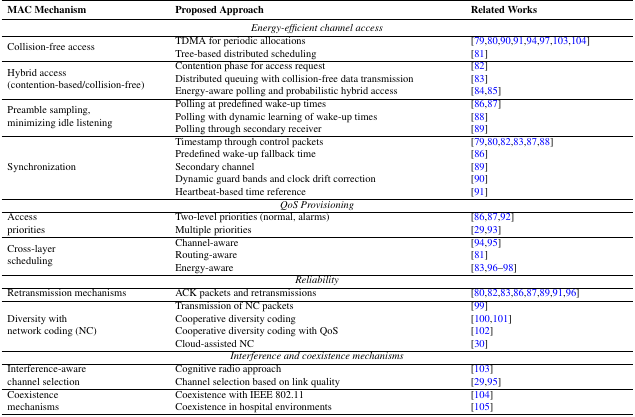
| MAC Mechanism | Proposed Approach | Related Works |
 | --- | --- | --- |
 | <COLSPAN=3> Energy-efficient channel access |
 | <ROWSPAN=2> Collision-free access | TDMA for periodic allocations | [79,80,90,91,94,97,103,104] |
 | Tree-based distributed scheduling | [81] |
 | <ROWSPAN=3> Hybrid access (contention-based/collision-free) | Contention phase for access request | [82] |
 | Distributed queuing with collision-free data transmission | [83] |
 | Energy-aware polling and probabilistic hybrid access | [84,85] |
 | <ROWSPAN=3> Preamble sampling, minimizing idle listening | Polling at predefined wake-up times | [86,87] |
 | Polling with dynamic learning of wake-up times | [88] |
 | Polling through secondary receiver | [89] |
 | <ROWSPAN=5> Synchronization | Timestamp through control packets | [79,80,82,83,87,88] |
 | Predefined wake-up fallback time | [86] |
 | Secondary channel | [89] |
 | Dynamic guard bands and clock drift correction | [90] |
 | Heartbeat-based time reference | [91] |
 | <COLSPAN=3> QoS Provisioning |
 | <ROWSPAN=2> Access priorities | Two-level priorities (normal, alarms) | [86,87,92] |
 | Multiple priorities | [29,93] |
 | <ROWSPAN=3> Cross-layer scheduling | Channel-aware | [94,95] |
 | Routing-aware | [81] |
 | Energy-aware | [83,96–98] |
 | <COLSPAN=3> Reliability |
 | Retransmission mechanisms | ACK packets and retransmissions | [80,82,83,86,87,89,91,96] |
 | <ROWSPAN=4> Diversity with network coding (NC) | Transmission of NC packets | [99] |
 | Cooperative diversity coding | [100,101] |
 | Cooperative diversity coding with QoS | [102] |
 | Cloud-assisted NC | [30] |
 | <COLSPAN=3> Interference and coexistence mechanisms |
 | <ROWSPAN=2> Interference-aware channel selection | Cognitive radio approach | [103] |
 | Channel selection based on link quality | [29,95] |
 | <ROWSPAN=2> Coexistence mechanisms | Coexistence with IEEE 802.11 | [104] |
 | Coexistence in hospital environments | [105] |